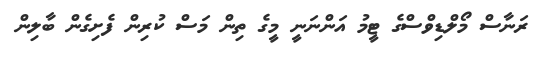
ރަނާސް މޯލްޑިވްސްގެ ޓީމު އަންނަނީ މީގެ ތިން މަސް ކުރިން ފެށިގެން ބާލިން